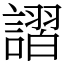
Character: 謵